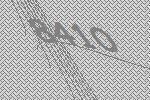
8410